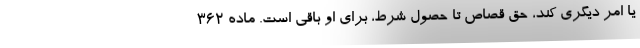
یا امر دیگری کند، حق قصاص تا حصول شرط، برای او باقی است. ماده ۳۶۲-